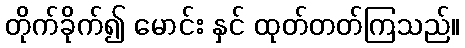
တိုက်ခိုက်၍ မောင်း နှင် ထုတ်တတ်ကြသည်။